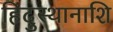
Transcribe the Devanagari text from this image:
हिंदुस्थानाशि